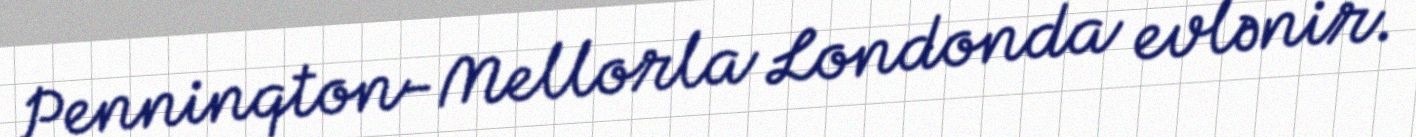
Penninqton-Mellorla Londonda evlənir.